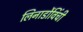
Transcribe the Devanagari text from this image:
लिनार्डोविंची